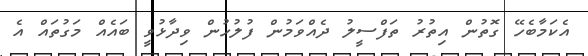
އެކަމާބެހޭ ގޮތުން އިތުރު ތަފްސީލު ދެއްވަމުން ފުލުހުން ވިދާޅުވީ ބައެއް މަގުތައް އެ